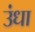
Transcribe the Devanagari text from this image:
उंधा